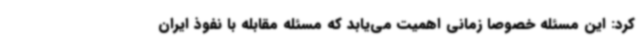
کرد: این مسئله خصوصا زمانی اهمیت می‌یابد که مسئله مقابله با نفوذ ایران